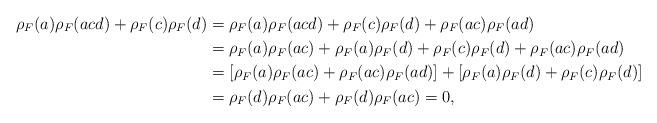
LaTeX: \begin{align*} \rho_F(a)\rho_F(acd)+\rho_F(c)\rho_F(d) &=\rho_F(a)\rho_F(acd)+\rho_F(c)\rho_F(d)+\rho_F(ac)\rho_F(ad) \\ &=\rho_F(a)\rho_F(ac)+\rho_F(a)\rho_F(d)+\rho_F(c)\rho_F(d)+\rho_F(ac)\rho_F(ad) \\ &=[\rho_F(a)\rho_F(ac)+\rho_F(ac)\rho_F(ad)]+[\rho_F(a)\rho_F(d)+\rho_F(c)\rho_F(d)] \\ &=\rho_F(d)\rho_F(ac)+\rho_F(d)\rho_F(ac)=0, \end{align*}